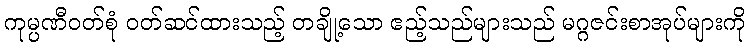
ကုမ္ပဏီဝတ်စုံ ဝတ်ဆင်ထားသည့် တချို့သော ဧည့်သည်များသည် မဂ္ဂဇင်းစာအုပ်များကို